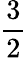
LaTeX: \frac 32